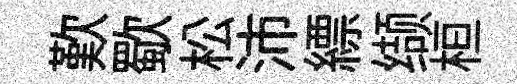
歎歜松沛縹缬桓